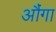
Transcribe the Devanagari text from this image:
औंगा